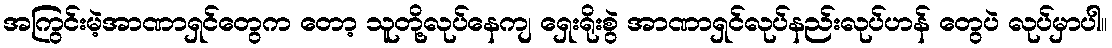
အကြွင်းမဲ့အာဏာရှင်တွေက တော့ သူတို့လုပ်နေကျ ရှေးရိုးစွဲ အာဏာရှင်လုပ်နည်းလုပ်ဟန် တွေပဲ လုပ်မှာပါ။